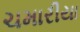
ચમારીયા